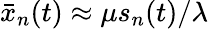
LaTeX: \bar{x}_{n}(t)\approx\mu s_{n}(t)/\lambda